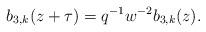
LaTeX: \begin{align*} b_{3,k}(z+\tau)=q^{-1}w^{-2}b_{3,k}(z). \end{align*}